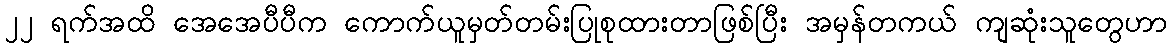
၂၂ ရက်အထိ အေအေပီပီက ကောက်ယူမှတ်တမ်းပြုစုထားတာဖြစ်ပြီး အမှန်တကယ် ကျဆုံးသူတွေဟာ